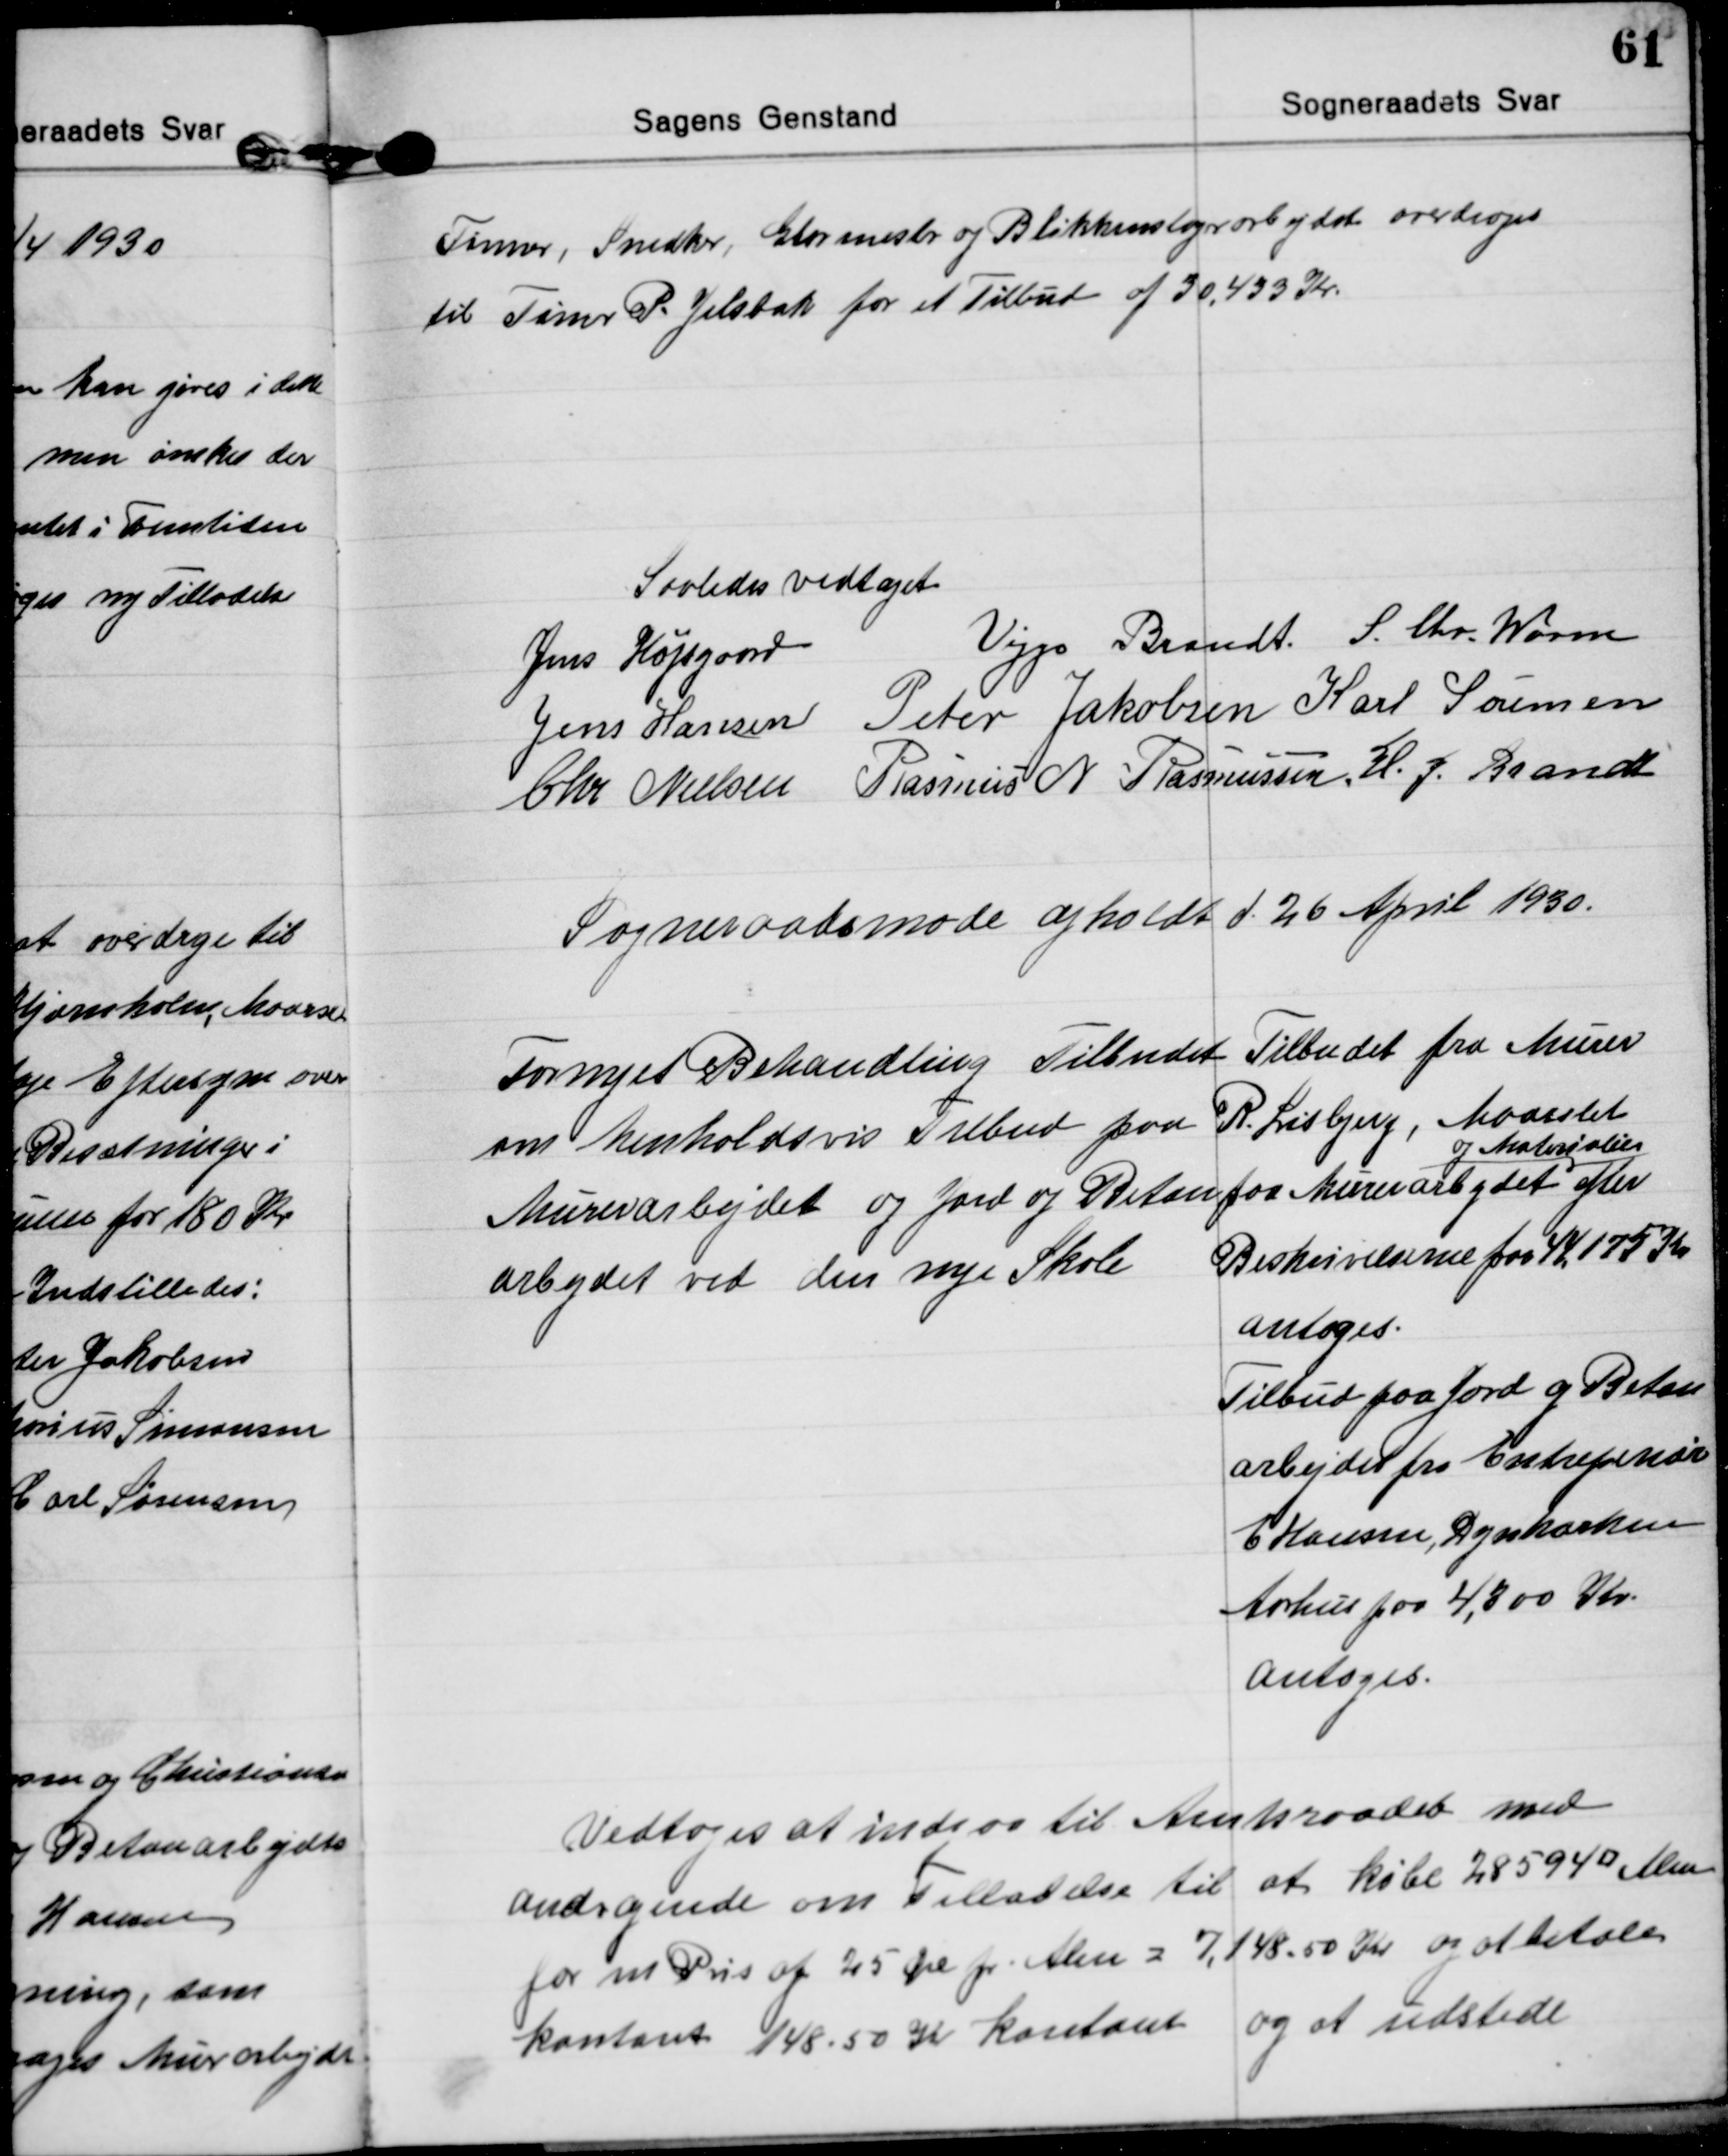
Transskription:
Tømrer, Snedker, Glarmester og Blikkenslagerarbejdet overdroges
til Tømr P. Jelsbak for et Tilbud af 30.433 Kr.

Saaledes vedtaget
Jens Højsgaard
Viggo Brandt S. Chr. Worm
Jens Hansen Peter Jakobsen Karl Sørensen
Chr Nielsen Rasmus N. Rasmussen H. J. Brandt

Sogneraadsmøde afholdt d. 26 April 1930.

Fornyet Behandling Tilbudet
om henholdsvis Tilbud paa
Murerarbejdet og Jord og Beton
arbejdet ved den nye Skole
Tilbudet fra Murer  
R. Lisbjerg, Maarslet
paa Murerarbejdet  
og Materialier
efter
Beskrivelserne paa 44.175 Kr
antoges.
Tilbud paa Jord og Beton
arbejdet fra Entrepenør
E Hansen, Dynkarken
Aarhus paa 4,300 Kr.
Antoges.

Vedtoges at indgaa til Amtsraadet med
andragende om Tilladelse til at købe 28594 □ Alen
for en Pris af 25 Øre pr. Alen = 7.148,50 Kr og at betale
kontant 148,50 Kr. kontant og at udstede